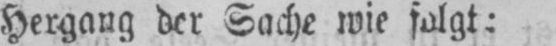
Hergang der Sache wie folgt: